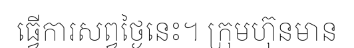
ធ្វើការសព្វថ្ងៃនេះ។ ក្រុមហ៊ុនមាន